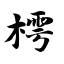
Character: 樗